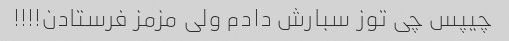
چیپس چی توز سبارش دادم ولی مزمز فرستادن!!!!